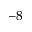
^ { - 8 }